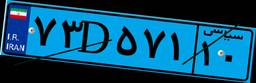
۹۳D۲۱۱۵۹